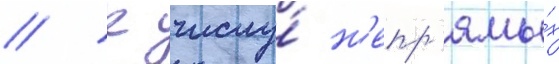
// К числу́ н'епр'ямы́х